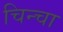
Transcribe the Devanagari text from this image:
चिन्चा